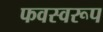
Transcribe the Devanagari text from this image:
फवस्वरूप